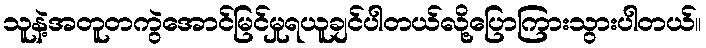
သူနဲ့အတူတကွဲအောင်မြင်မှုရယူချင်ပါတယ်လို့ပြောကြားသွားပါတယ်။